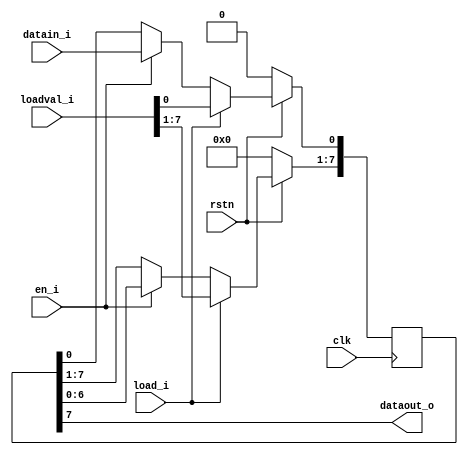
module shreg
#(parameter N = 8)
(
input clk,
input rstn,
input datain_i,
input en_i,
input load_i,
input [N-1:0] loadval_i,
output dataout_o
);

reg [N-1:0] r_reg;

always @(posedge clk) begin
    if (!rstn) begin
        r_reg <= 0;
    end else begin
        if (load_i) begin
            r_reg           <= loadval_i;        
        end else if (en_i) begin
            r_reg[0]        <= datain_i;
            r_reg[N-1:1]    <= r_reg[N-2:0];
        end else begin
            r_reg           <= r_reg;
        end
    end
end

assign dataout_o = r_reg[N-1];

endmodule